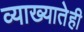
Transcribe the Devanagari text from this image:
व्याख्यातेही